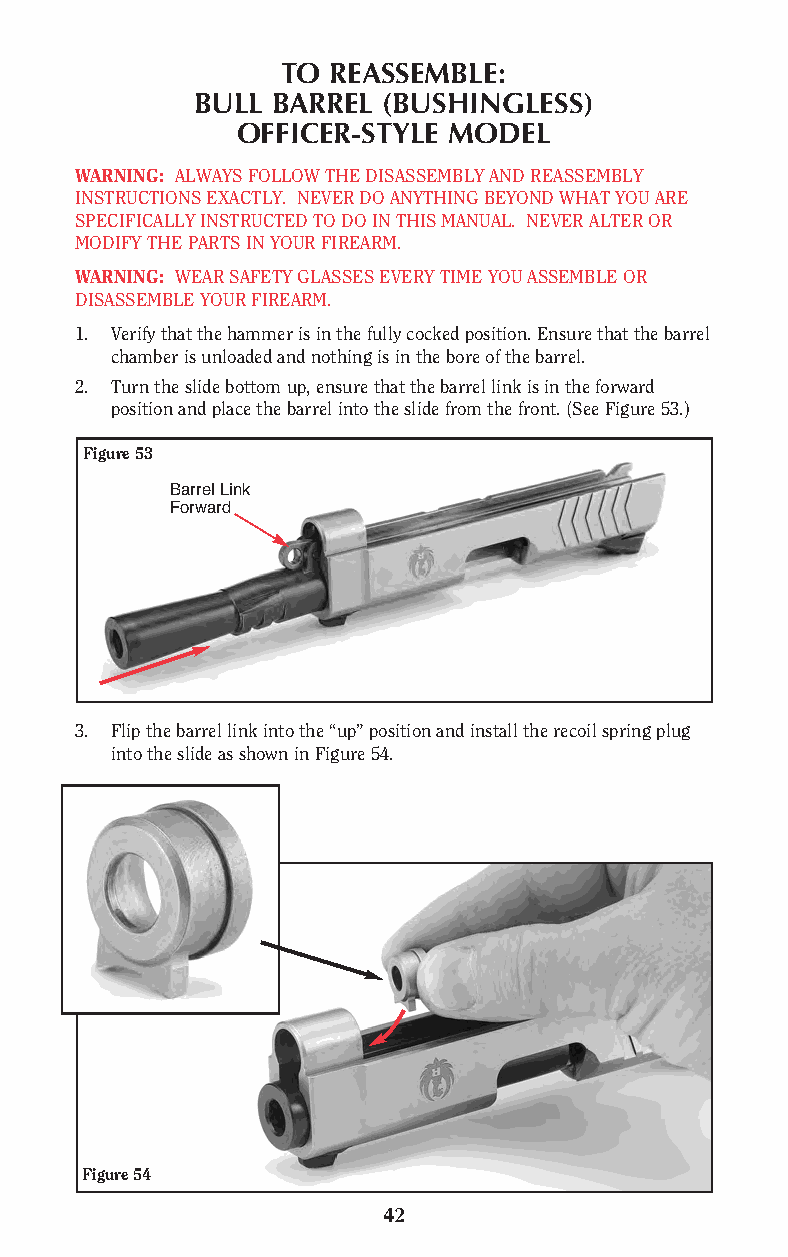
TO REASSEMBLE:
 BULL BARREL (BUSHINGLESS)
 OFFICER-STYLE MODEL
 WARNING: ALWAYS FOLLOW THE DISASSEMBLY AND REASSEMBLY
 INSTRUCTIONS EXACTLY. NEVER DO ANYTHING BEYOND WHAT YOU ARE
 SPECIFICALLY INSTRUCTED TO DO IN THIS MANUAL. NEVER ALTER OR
 MODIFY THE PARTS IN YOUR FIREARM.
 WARNING: WEAR SAFETY GLASSES EVERY TIME YOU ASSEMBLE OR
 DISASSEMBLE YOUR FIREARM.
 1. Verify that the hammer is in the fully cocked position. Ensure that the barrel
 chamber is unloaded and nothing is in the bore of the barrel.
 2. Turn the slide bottom up, ensure that the barrel link is in the forward
 position and place the barrel into the slide from the front. (See Figure 53.)
 Figure 53
 Barrel Link
 Forward
 3. Flip the barrel link into the “up” position and install the recoil spring plug
 into the slide as shown in Figure 54.
 Figure 54
 42